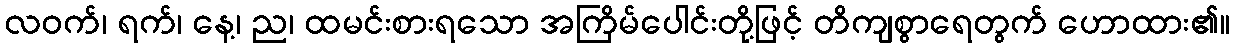
လဝက်၊ ရက်၊ နေ့၊ ည၊ ထမင်းစားရသော အကြိမ်ပေါင်းတို့ဖြင့် တိကျစွာရေတွက် ဟောထား၏။